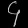
Digit: ၄